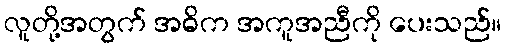
လူတို့အတွက် အဓိက အကူအညီကို ပေးသည်။